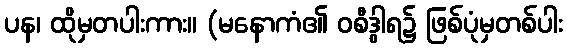
ပန၊ ထိုမှတပါးကား။ (မနောကံ၏ ဝစီဒွါရ၌ ဖြစ်ပုံမှတစ်ပါး